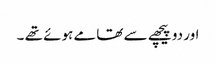
اور دو پیچھے سے تھامے ہوئے تھے ۔